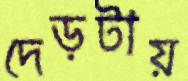
দেড়টায়